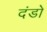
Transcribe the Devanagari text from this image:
दंडो